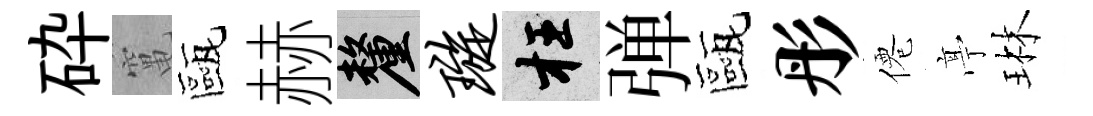
砕𥧄甌赫厘璇枉弹甌彤僊𠅘琳